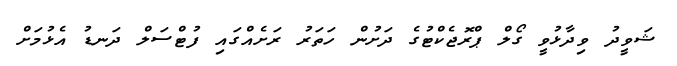
ޝަވީދު ވިދާޅުވީ ގޯލް ޕްރޮޖެކްޓުގެ ދަށުން ހަތަރު ރަށެއްގައި ފުޓްސަލް ދަނޑު އެޅުމަށް